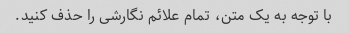
با توجه به یک متن، تمام علائم نگارشی را حذف کنید.